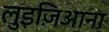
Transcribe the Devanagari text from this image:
लुइज़िआना